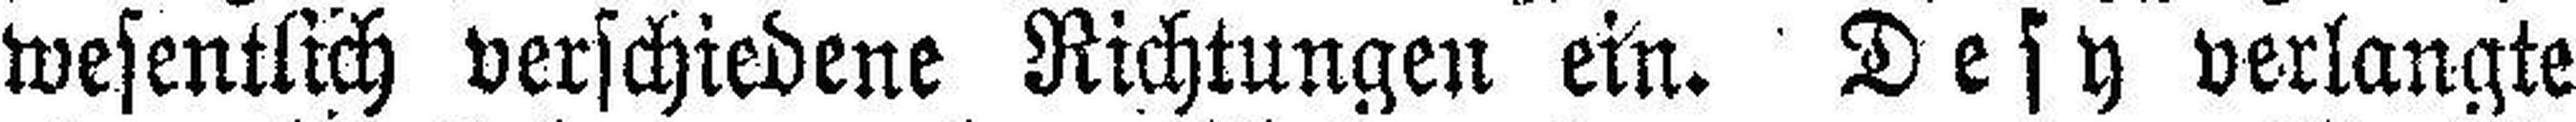
wesentlich verschiedene Richtungen ein. Desy verlangte